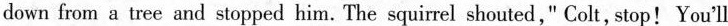
down from a tree and stopped him. The squirrel shouted," Colt, stop! You'll